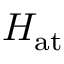
H _ { \mathrm { { a t } } }